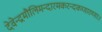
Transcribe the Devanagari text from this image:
देवेन्द्रमौलिमन्दारमकरन्दकणारुणाः।